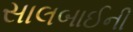
સાલબાઈની